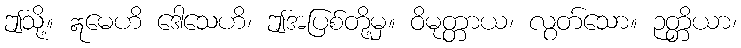
ဤသို့။ ဣမေဟိ ဒေါသေဟိ၊ ဤအပြစ်တို့မှ။ ဝိမုတ္တာယ၊ လွတ်သော။ ဉတ္တိယာ၊